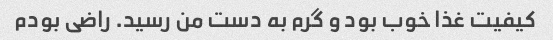
کیفیت غذا خوب بود و گرم به دست من رسید. راضی بودم